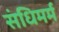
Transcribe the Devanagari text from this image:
संधिमर्म